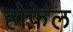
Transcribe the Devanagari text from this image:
होफ़ेल